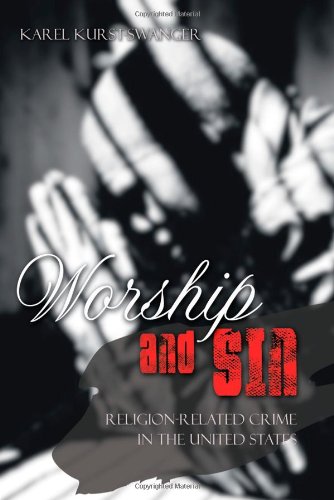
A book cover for Worship and Sin: An Exploration of Religion-Related Crime in the United States; Karel Kurst-Swanger; Christian Books & Bibles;